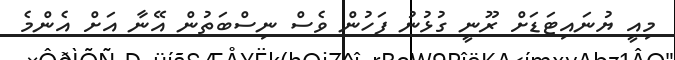
މިއީ ޔުނައިޓަޑަށް ރޫނީ ގުޅުނު ފަހުން ވެސް ނިސްބަތުން އޭނާ އަށް އެންމެ